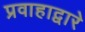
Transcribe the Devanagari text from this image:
प्रवाहाद्वारे